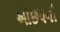
ઓછપની